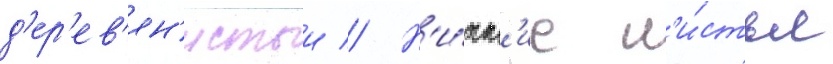
д'ер'ев'ян'истыи // Н'и́жн'ие л'и́стья